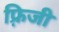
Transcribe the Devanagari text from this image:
फ़्रिजी